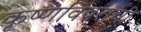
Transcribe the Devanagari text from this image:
कृष्णविवराची